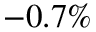
- 0 . 7 \%